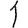
Digit: 1